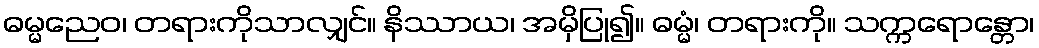
ဓမ္မညေဝ၊ တရားကိုသာလျှင်။ နိဿာယ၊ အမှိပြု၍။ ဓမ္မံ၊ တရားကို။ သက္ကရောန္တော၊